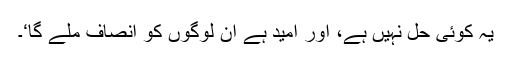
یہ کوئی حل نہیں ہے، اور امید ہے اِن لوگوں کو انصاف ملے گا‘۔